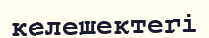
келешектегі